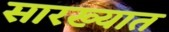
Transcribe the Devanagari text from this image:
सारख्यात